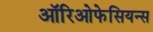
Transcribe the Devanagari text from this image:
ऑरिओफेसियन्स